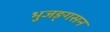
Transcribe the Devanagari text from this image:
भुजङ्गसन